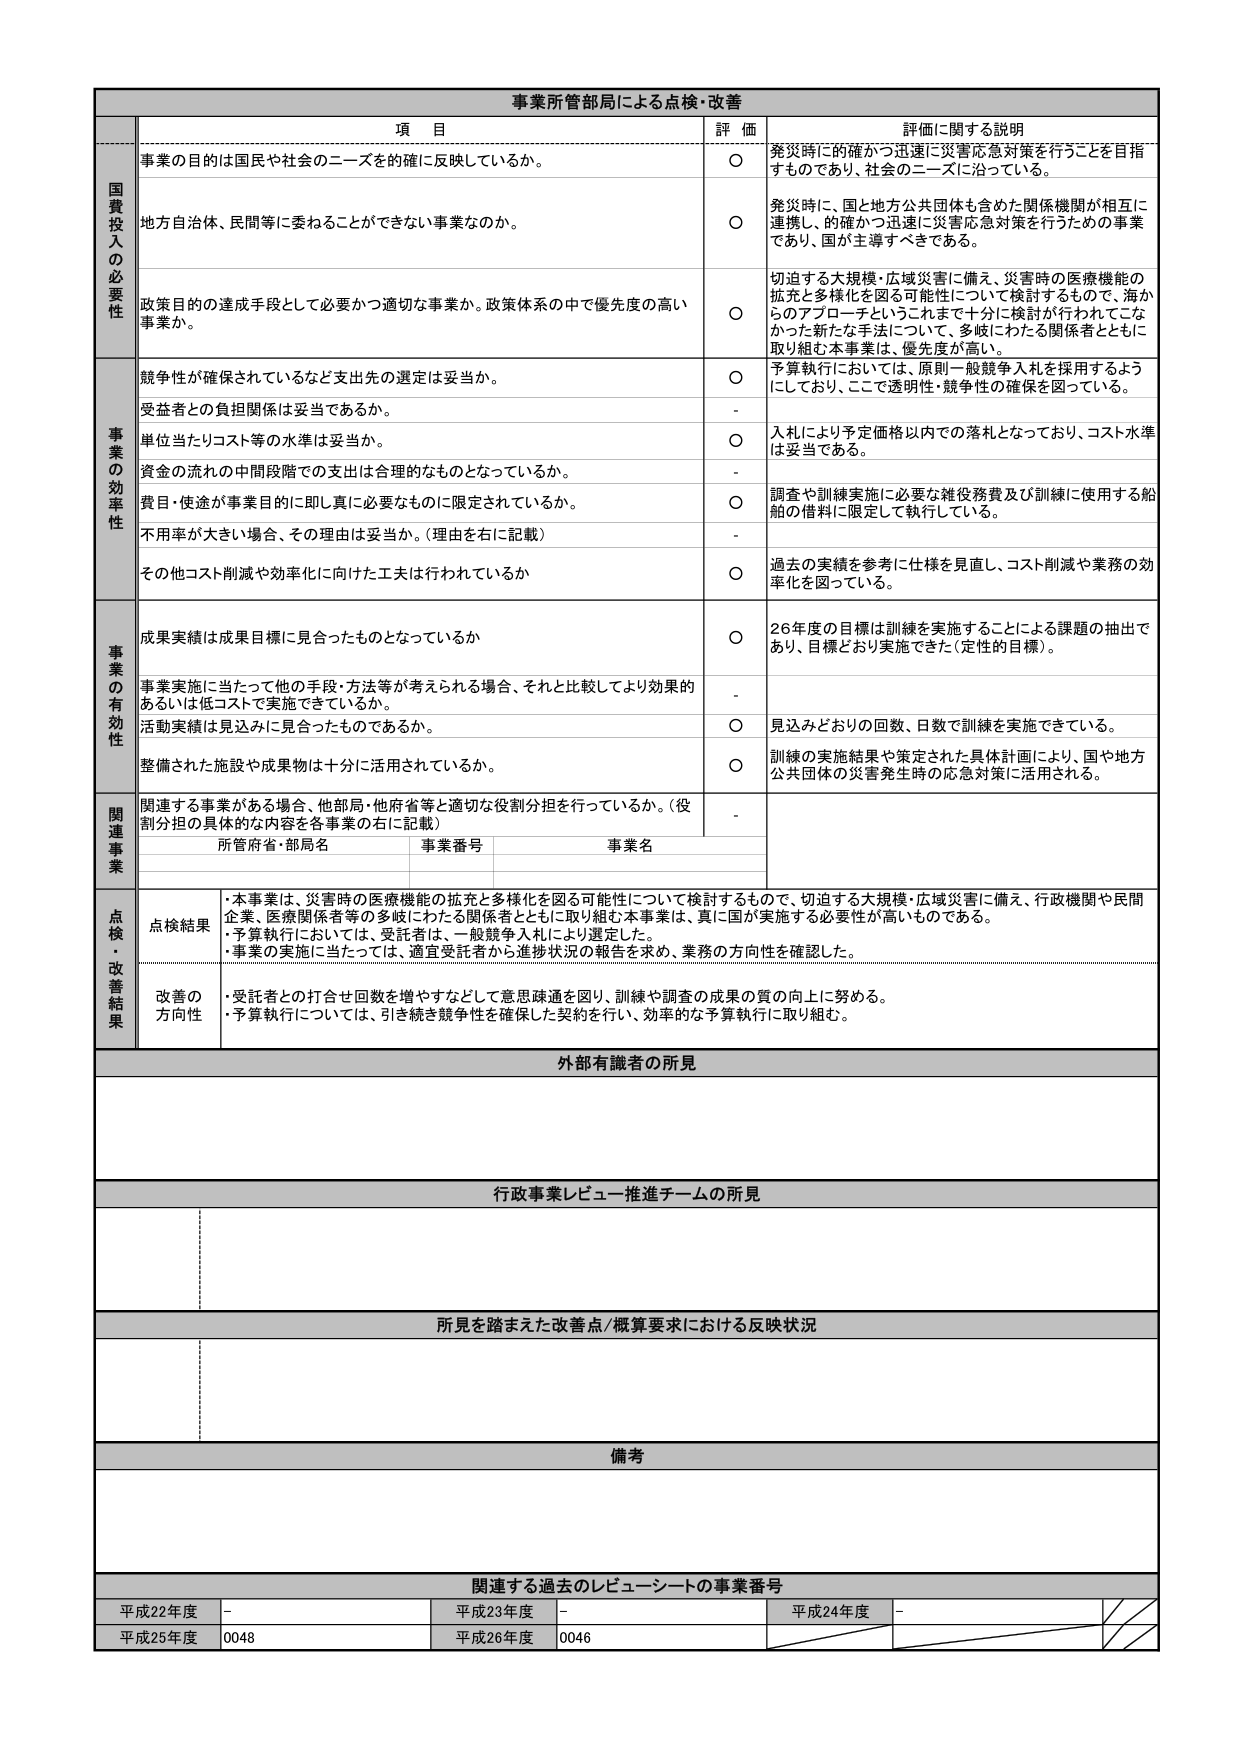
事業所管部局による点検・改善

項 目 評 価 評価に関する説明

国費投入の必要性
事業の目的は国民や社会のニーズを的確に反映しているか。
○ 発災時に的確かつ迅速に災害応急対策を行うことを目指すものであり、社会のニーズに沿っている。

地方自治体、民間等に委ねることができない事業なのか。
○ 発災時に、国と地方公共団体も含めた関係機関が相互に連携し、的確かつ迅速に災害応急対策を行うための事業であり、国が主導すべきである。

政策目的の達成手段として必要かつ適切な事業か。政策体系の中で優先度の高い事業か。
○ 切迫する大規模・広域災害に備え、災害時の医療機能の拡充と多様化を図る可能性について検討するもので、海からのアプローチというこれまで十分に検討が行われてこなかった新たな手法について、多岐にわたる関係者とともに取り組む本事業は、優先度が高い。

事業の効率性
競争性が確保されているなど支出先の選定は妥当か。
○ 予算執行においては、原則一般競争入札を採用するようにしており、ここで透明性・競争性の確保を図っている。

受益者との負担関係は妥当であるか。
-

単位当たりコスト等の水準は妥当か。
○ 入札により予定価格以内での落札となっており、コスト水準は妥当である。

資金の流れの中間段階での支出は合理的なものとなっているか。
-

費目・用途が事業目的に即し真に必要なものに限定されているか。
○ 調査や訓練実施に必要な雑役務費及び訓練に使用する船舶の借料に限定して執行している。

不用率が大きい場合、その理由は妥当か。（理由を右に記載）
-

その他コスト削減や効率化に向けた工夫は行われているか
○ 過去の実績を参考に仕様を見直し、コスト削減や業務の効率化を図っている。

事業の有効性
成果実績は成果目標に見合ったものとなっているか
○ 26年度の目標は訓練を実施することによる課題の抽出であり、目標どおり実施できた（定性的目標）。

事業実施に当たって他の手段・方法等が考えられる場合、それと比較してより効果的あるいは低コストで実施できているか。
-

活動実績は見込みに見合ったものであるか。
○ 見込みどおりの回数、日数で訓練を実施できている。

整備された施設や成果物は十分に活用されているか。
○ 訓練の実施結果や策定された具体計画により、国や地方公共団体の災害発生時の応急対策に活用される。

関連事業
関連する事業がある場合、他部局・他府省等と適切な役割分担を行っているか。（役割分担の具体的内容を各事業の右に記載）
-

所管府省・部局名 事業番号 事業名

点検・改善結果
点検結果
・本事業は、災害時の医療機能の拡充と多様化を図る可能性について検討するもので、切迫する大規模・広域災害に備え、行政機関や民間企業、医療関係者等の多岐にわたる関係者とともに取り組む本事業は、真に国が実施する必要性が高いものである。
・予算執行においては、受託者は、一般競争入札により選定した。
・事業の実施に当たっては、適宜受託者から進捗状況の報告を求め、業務の方向性を確認した。

改善の方向性
・受託者との打合せ回数を増やすなどして意思疎通を図り、訓練や調査の成果の質の向上に努める。
・予算執行については、引き続き競争性を確保した契約を行い、効率的な予算執行に取り組む。

外部有識者の所見

行政事業レビュー推進チームの所見

所見を踏まえた改善点/概算要求における反映状況

備考

関連する過去のレビューシートの事業番号
平成22年度 - 平成23年度 - 平成24年度 -
平成25年度 0048 平成26年度 0046